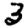
Digit: 3